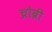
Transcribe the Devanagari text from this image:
च्रोब्री